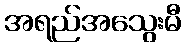
အရည်အသွေးမီ